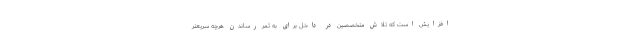
افزایش است که تلاش متخصصین در داخل برای به ثمر رساندن هرچه سریعتر